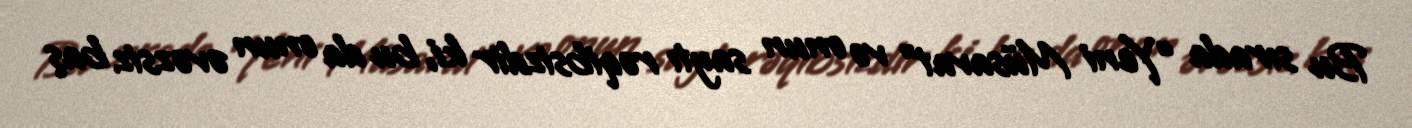
Bu sırada “Yeni Müsavat” və onun saytı rəqibsizdir ki, bu da onun əvəzsiz baş